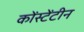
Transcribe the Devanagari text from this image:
कोंस्टेंटीन